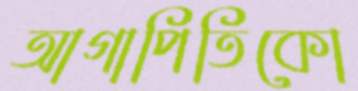
আগাপিতিকো